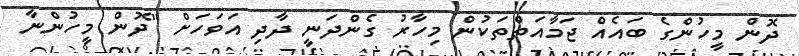
ދޮން މީހުންގެ ބައެއް ޖަމާއަތްތަކުން މިހާރު ގެންދަނީ ދާދި އަވަހަށް "ދޮން މީހުންނާ